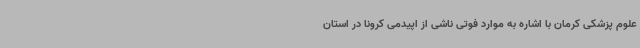
علوم پزشکی کرمان با اشاره به موارد فوتی ناشی از اپیدمی کرونا در استان